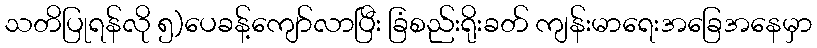
သတိပြုရန်လို ၅)ပေခန့်ကျော်လာပြီး ခြံစည်းရိုးခတ် ကျန်းမာရေးအခြေအနေမှာ